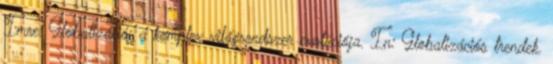
Imre: Globalizáció: a komplex világrendszer evolúciója. In: Globalizációs trendek.